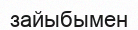
зайыбымен